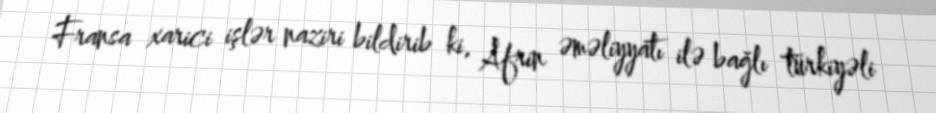
Fransa xarici işlər naziri bildirib ki, Afrin əməliyyatı ilə bağlı türkiyəli